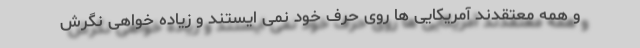
و همه معتقدند آمریکایی ها روی حرف خود نمی ایستند و زیاده خواهی نگرش